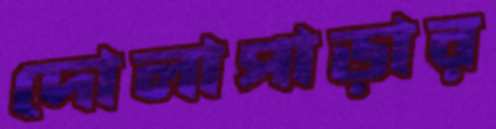
দোলাপাড়ার